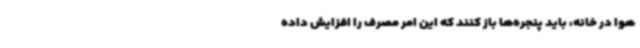
هوا در خانه، باید پنجره‌ها باز کنند که این امر مصرف را افزایش داده